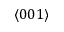
\langle 0 0 1 \rangle